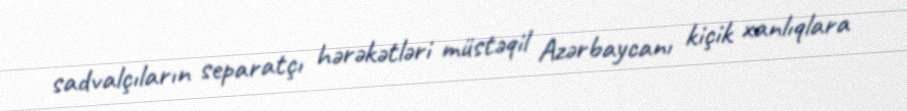
sadvalçıların separatçı hərəkətləri müstəqil Azərbaycanı kiçik xanlıqlara